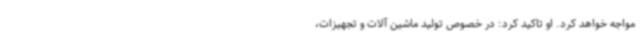
مواجه خواهد کرد. او تاکید کرد: در خصوص تولید ماشین آلات و تجهیزات،